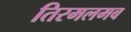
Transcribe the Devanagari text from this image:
तिरमलमब